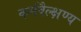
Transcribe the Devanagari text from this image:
कर्मवैल्क्षण्य